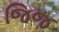
જિજ